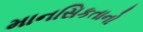
માનસિકતાનો